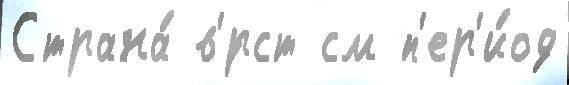
Страна́ в'́рст см п'ер'и́од